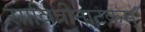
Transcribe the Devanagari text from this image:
सावित्रीनाटकम्